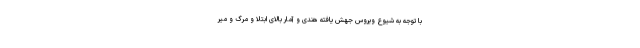
با توجه به شیوع ویروس جهش یافته هندی و آمار بالای ابتلا و مرگ و میر